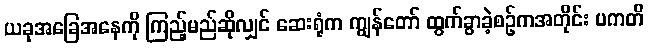
ယခုအခြေအနေကို ကြည့်မည်ဆိုလျှင် ဆေးရုံက ကျွန်တော် ထွက်ခွာခဲ့စဉ်ကအတိုင်း ပကတိ